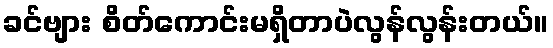
ခင်ဗျား စိတ်ကောင်းမရှိတာပဲလွန်လွန်းတယ်။